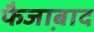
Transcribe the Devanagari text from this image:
फैजा़बाद